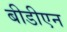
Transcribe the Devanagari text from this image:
बीडीएन